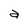
Character: a